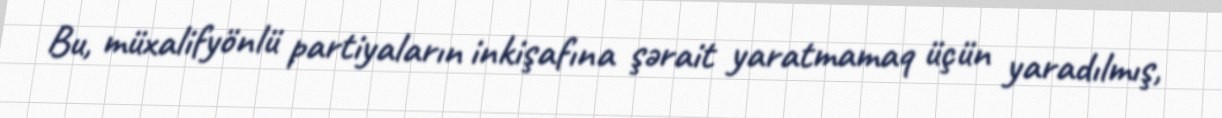
Bu, müxalifyönlü partiyaların inkişafına şərait yaratmamaq üçün yaradılmış,